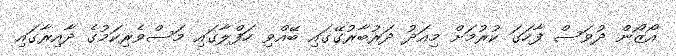
އޯޒޯން ދުވަސް ފާހަގަ ކުރުމަށް މިއަދު ދަރުބާރުގޭގައި ބޭއްވި ހަފްލާގައި މަސްވެރިކަމުގެ ދާއިރާގައި